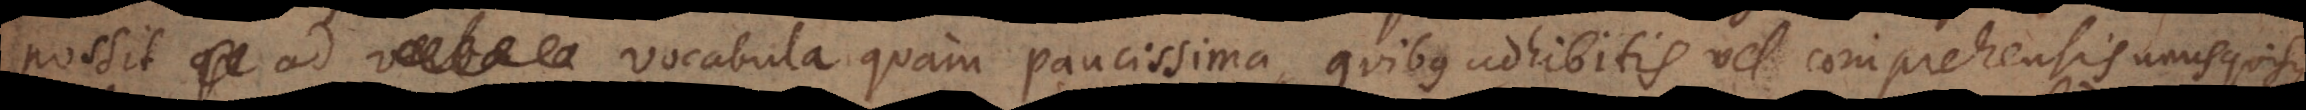
verba a vocabula quam paucissima, quibus adhibitis vel comprehensis unusquisque